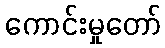
ကောင်းမှုတော်